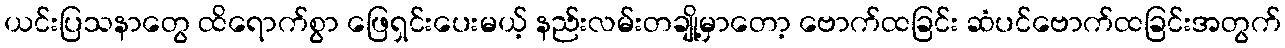
ယင်းပြသနာတွေ ထိရောက်စွာ ဖြေရှင်းပေးမယ့် နည်းလမ်းတချို့မှာတော့ ဗောက်ထခြင်း ဆံပင်ဗောက်ထခြင်းအတွက်